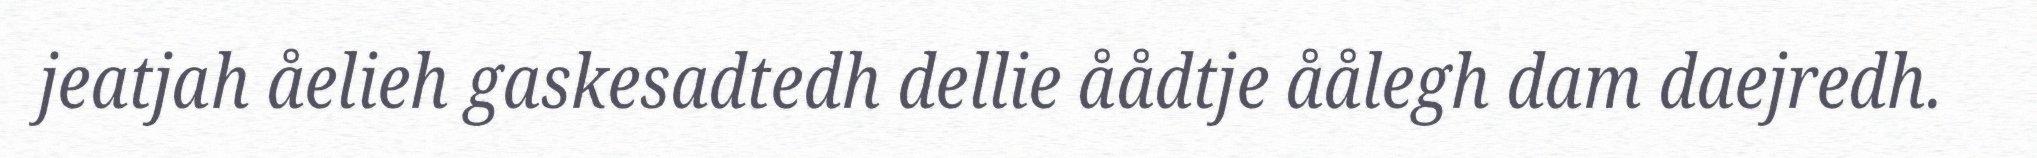
jeatjah åelieh gaskesadtedh dellie åådtje åålegh dam daejredh.